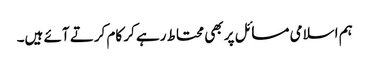
ہم اسلامی مسائل پر بھی محتاط رہے کر کام کرتے آئے ہیں۔